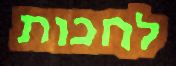
לחכות